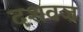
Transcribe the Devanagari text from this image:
दशवज्र